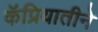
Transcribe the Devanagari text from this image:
कॅप्रियातीने